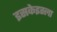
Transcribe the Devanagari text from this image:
इसकेइस्ला